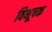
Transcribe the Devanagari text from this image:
विभूषक